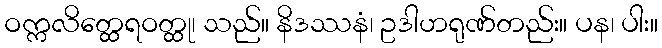
ဝက္ကလိတ္ထေရဝတ္ထု၊ သည်။ နိဒဿနံ၊ ဥဒါဟရုဏ်တည်း။ ပန၊ ပါး။